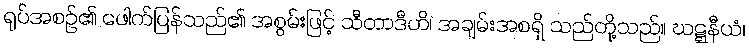
ရုပ်အစဉ်၏ ဖေါက်ပြန်သည်၏ အစွမ်းဖြင့် သီတာဒီဟိ၊ အချမ်းအစရှိ သည်တို့သည်။ ဃဋ္ဋနီယံ၊